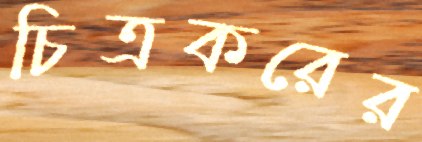
চিত্রকরের